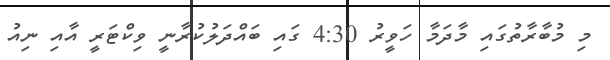
މި މުބާރާތުގައި މާދަމާ ހަވީރު 4:30 ގައި ބައްދަލުކުރާނީ ވިކްޓަރީ އާއި ނިއު